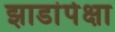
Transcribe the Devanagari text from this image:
झाडांपेक्षा